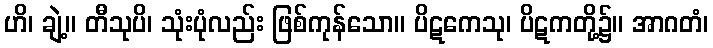
ဟိ၊ ချဲ့။ တီသုပိ၊ သုံးပုံလည်း ဖြစ်ကုန်သော။ ပိဋကေသု၊ ပိဋကတို့၌။ အာဂတံ၊